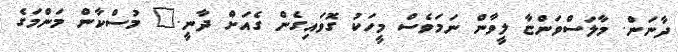
ދާނަން. މާލަސްވަންޏާ ލީވާން ނަމަވެސް މީހަކު ގޮވައިގެން ގެއަށް ދާނީ." މުސްކާން މަންމަގެ